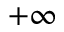
+ \infty